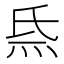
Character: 𤇡